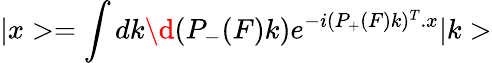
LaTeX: |x>=\int dk\d(P_{-}(F)k)e^{-i(P_{+}(F)k)^{T}.x}|k>